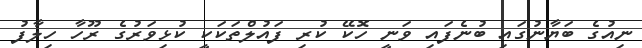
ނިއުގެ ބަޔާނުގައި ބުނެފައި ވަނީ ހޮކޭ ކުރި ފައުލްތަކަކީ ކުޅިވަރުގެ ރޫހާ ހިލާފު